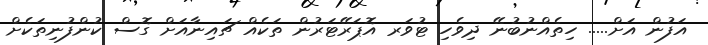
އަފުން އަށް..... ހިތެއްނުބުނޭ ދިވެހި ޓުވަރ އޮޕަރޭޓަރުން ތަކެއް ޗައިނާއަށް ގޮސް ކުންފުނިތަކެށް